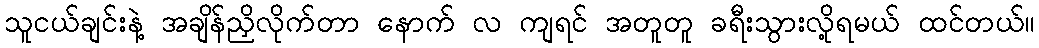
သူငယ်ချင်းနဲ့ အချိန်ညှိလိုက်တာ နောက် လ ကျရင် အတူတူ ခရီးသွားလို့ရမယ် ထင်တယ်။